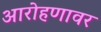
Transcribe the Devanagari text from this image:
आरोहणावर